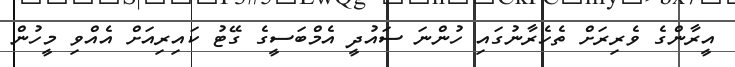
އީރާންގެ ވެރިރަށް ތެހެރާނުގައި ހުންނަ ސައުދީ އެމްބަސީގެ ގޭޓު ކައިރިއަށް އެއްވި މީހުން